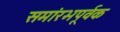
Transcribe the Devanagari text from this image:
समांरभपूर्वक